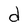
Character: d